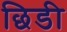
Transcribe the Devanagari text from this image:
छिडी